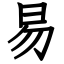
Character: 易